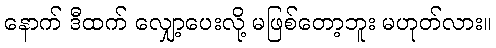
နောက် ဒီထက် လျှော့ပေးလို့ မဖြစ်တော့ဘူး မဟုတ်လား။